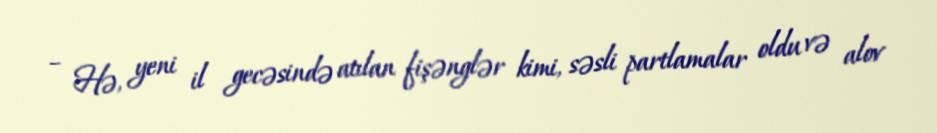
– Hə, yeni il gecəsində atılan fişənglər kimi, səsli partlamalar oldu və alov